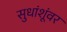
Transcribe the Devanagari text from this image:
सुधांशूंवर